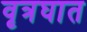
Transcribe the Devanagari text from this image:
वृत्रघात